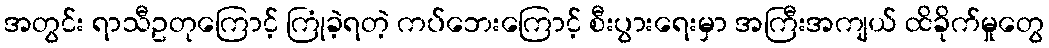
အတွင်း ရာသီဥတုကြောင့် ကြုံခဲ့ရတဲ့ ကပ်ဘေးကြောင့် စီးပွားရေးမှာ အကြီးအကျယ် ထိခိုက်မှုတွေ